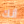
أنك